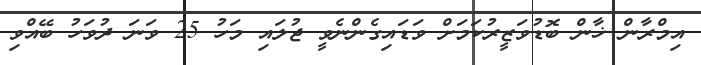
އިމްރާން ޚާން ބޮޑުވަޒީރުކަމަށް ވަޑައިގެންނެވީ ޖުލައި މަހު 25 ވަނަ ދުވަހު ބޭއްވި